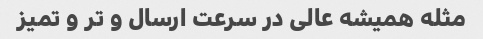
مثله همیشه عالی در سرعت ارسال و تر و تمیز